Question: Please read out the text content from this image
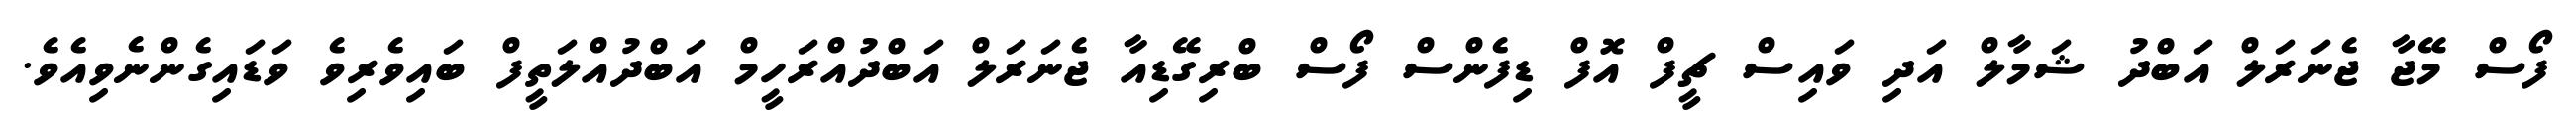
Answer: ފޯސް މޭޖާ ޖެނަރަލް އަބްދު ޝަމާލް އަދި ވައިސް ޗީފް އޮފް ޑިފެންސް ފޯސް ބްރިގޭޑިއާ ޖެނަރަލް އަބްދުއްރަހީމް އަބްދުއްލަތީފް ބައިވެރިވެ ވަޑައިގެންނެވިއެވެ.